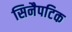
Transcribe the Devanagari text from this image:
सिनैपटिक